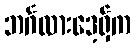
ဘင်္ဂလားဒေ့ရှ်က